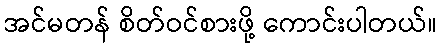
အင်မတန် စိတ်ဝင်စားဖို့ ကောင်းပါတယ်။